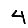
Digit: 4